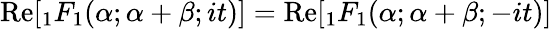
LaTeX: {\mathrm{Re}}[{}_{1}F_{1}(\alpha;\alpha+\beta;it)]={\mathrm{Re}}[{}_{1}F_{1}(\alpha;\alpha+\beta;-it)]